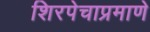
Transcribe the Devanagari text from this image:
शिरपेचाप्रमाणे